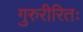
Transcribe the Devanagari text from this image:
गुरुरीरितः